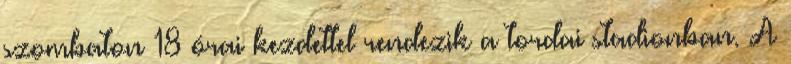
szombaton 18 órai kezdettel rendezik a tordai stadionban. A